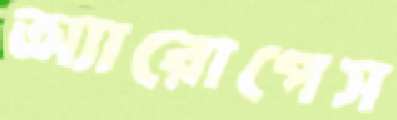
অ্যারোপেস